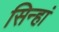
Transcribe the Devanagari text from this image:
सिन्हां